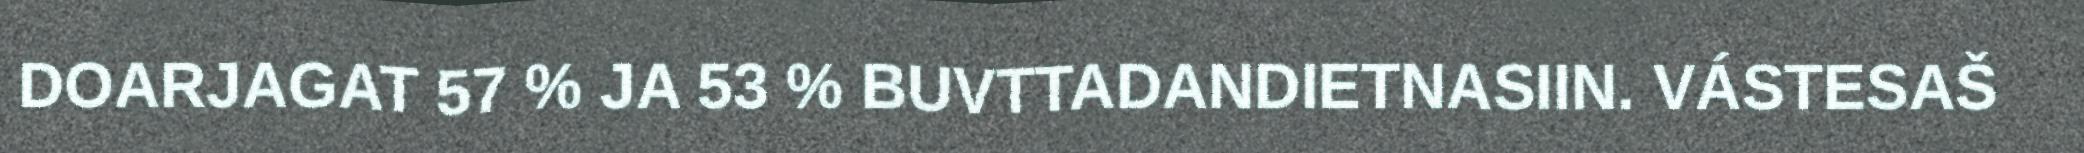
DOARJAGAT 57 % JA 53 % BUVTTADANDIETNASIIN. VÁSTESAŠ